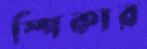
স্পিকার